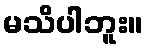
မသိပါဘူး။